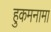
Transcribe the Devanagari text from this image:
हुकमनामा